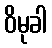
ဝိမုခါ